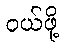
ဝယ်ဖို့